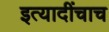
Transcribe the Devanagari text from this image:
इत्यादींचाच